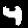
Digit: 4